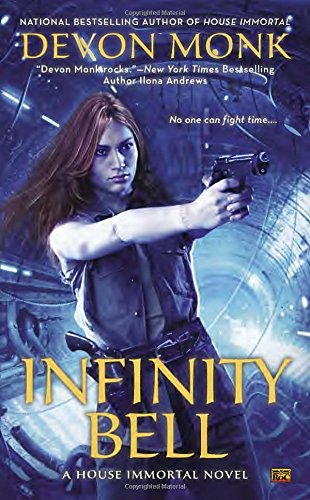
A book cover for Infinity Bell: A House Immortal Novel; Devon Monk; Science Fiction & Fantasy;